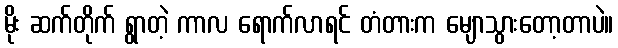
မိုး ဆက်တိုက် ရွာတဲ့ ကာလ ရောက်လာရင် တံတားက မျောသွားတော့တာပဲ။